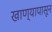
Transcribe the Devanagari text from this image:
खाण्यापासून